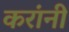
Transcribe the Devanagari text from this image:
करांनी